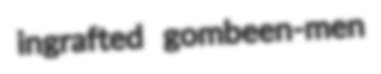
ingrafted gombeen-men